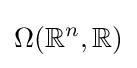
\Omega (\mathbb {R} ^{n},\mathbb {R} )